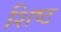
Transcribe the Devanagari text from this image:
शिष्ठ